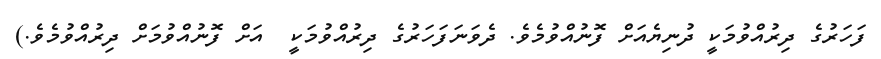
ފަހަރުގެ ދިރުއްވުމަކީ ދުނިޔެއަށް ފޮނުއްވުމެވެ. ދެވަނަފަހަރުގެ ދިރުއްވުމަކީ  އަށް ފޮނުއްވުމަށް ދިރުއްވުމެވެ.)